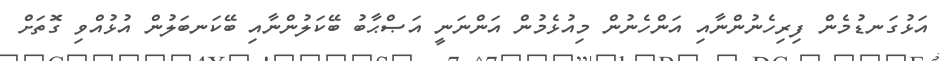
އަޅުގަނޑުމެން ފިރިހެނުންނާއި އަންހެނުން މިއުޅެމުން އަންނަނީ އަޞްޙާބު ބޭކަލުންނާއި ބޭކަނބަލުން އުޅުއްވި ގޮތަށް